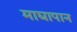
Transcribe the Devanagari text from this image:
माद्यापान